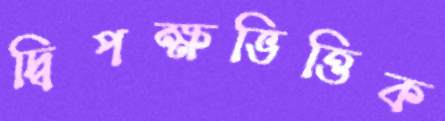
দ্বিপক্ষভিত্তিক